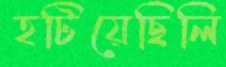
হটিয়েছিলি